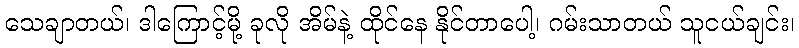
သေချာတယ်၊ ဒါကြောင့်မို့ ခုလို အိမ်နဲ့ ထိုင်နေ နိုင်တာပေါ့၊ ဂမ်းသာတယ် သူငယ်ချင်း၊